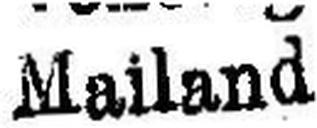
Mailand